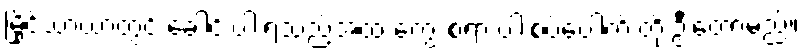
မြိုင်သာယာတွင် ခေါင်းပါးရသည့်အထဲ ကျွေးစရာ ပါးစပ်ပေါက် တိုးဦးတော့မည်။